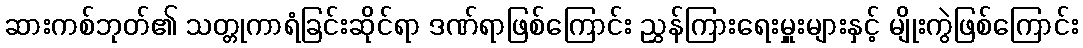
ဆားကစ်ဘုတ်၏ သတ္တုကာရံခြင်းဆိုင်ရာ ဒဏ်ရာဖြစ်ကြောင်း ညွှန်ကြားရေးမှူးများနှင့် မျိုးကွဲဖြစ်ကြောင်း